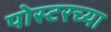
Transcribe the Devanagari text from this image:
पोस्टरच्या